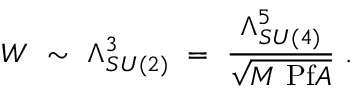
W ~ \sim ~ \Lambda _ { S U ( 2 ) } ^ { 3 } ~ = ~ { \frac { \Lambda _ { S U ( 4 ) } ^ { 5 } } { \sqrt { M ~ \mathrm { P f } A } } } ~ .